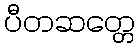
ပီတဆတ္တေ